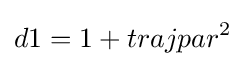
d1=1+trajpar^{2}